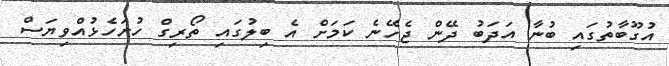
އުގޫބާތުގައި ބުނާ އަދަބު ދޭން ޖެހޭނެ ކަމަށް އެ ބިލުގައި ތޯރިގް ހުށަހެޅުއްވިޔަސް